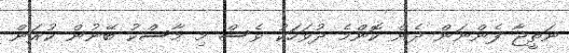
ނަތީޖާ ފެންނަން ދެން ކޮންމެ ދުވަހަކު ވެސް މި މާސްކު ބޭނުން ކުރަން